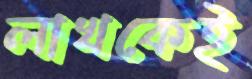
লাখকেই